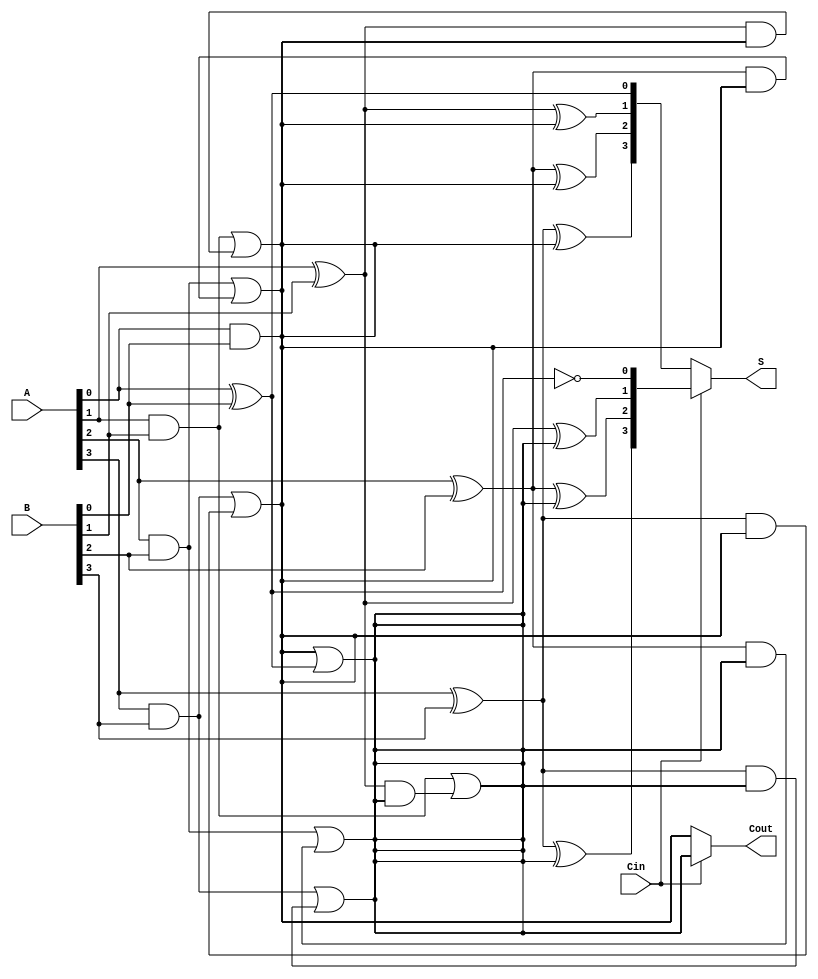
module CCSA (
    input [3:0] A,      // First n-bit input
    input [3:0] B,      // Second n-bit input
    input Cin,          // Carry-in
    output [3:0] S,     // Sum output
    output Cout         // Carry-out
);

    // Intermediate sums and carries for cases when Cin = 0 and Cin = 1
    wire [3:0] S0, S1;  // Sums for Cin = 0 and Cin = 1
    wire C0, C1;        // Carry-out for Cin = 0 and Cin = 1

    // Level 1: Partial sum and carry calculations for both scenarios
    // Assuming two segments for simplicity; adjust for more if needed

    // Segment 0 - Least Significant Bit (LSB)
    assign S0[0] = A[0] ^ B[0] ^ 0; // Cin = 0
    assign C0 = (A[0] & B[0]) | ((A[0] ^ B[0]) & 0); // Cin = 0

    assign S1[0] = A[0] ^ B[0] ^ 1; // Cin = 1
    assign C1 = (A[0] & B[0]) | ((A[0] ^ B[0]) & 1); // Cin = 1

    // Segment 1
    assign S0[1] = A[1] ^ B[1] ^ C0; // For Cin = 0
    assign C0 = (A[1] & B[1]) | ((A[1] ^ B[1]) & C0);

    assign S1[1] = A[1] ^ B[1] ^ C1; // For Cin = 1
    assign C1 = (A[1] & B[1]) | ((A[1] ^ B[1]) & C1);

    // Segment 2
    assign S0[2] = A[2] ^ B[2] ^ C0; // For Cin = 0
    assign C0 = (A[2] & B[2]) | ((A[2] ^ B[2]) & C0);

    assign S1[2] = A[2] ^ B[2] ^ C1; // For Cin = 1
    assign C1 = (A[2] & B[2]) | ((A[2] ^ B[2]) & C1);

    // Segment 3
    assign S0[3] = A[3] ^ B[3] ^ C0; // For Cin = 0
    assign C0 = (A[3] & B[3]) | ((A[3] ^ B[3]) & C0);

    assign S1[3] = A[3] ^ B[3] ^ C1; // For Cin = 1
    assign C1 = (A[3] & B[3]) | ((A[3] ^ B[3]) & C1);

    // Level 2: Mux to select the appropriate sum and carry
    assign S = Cin ? S1 : S0;
    assign Cout = Cin ? C1 : C0;

endmodule